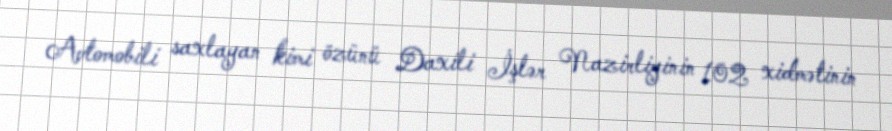
Avtomobili saxlayan kimi özünü Daxili İşlər Nazirliyinin 102 xidmətinin